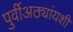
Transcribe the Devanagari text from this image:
पुर्वीअठ्यांयशीं